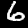
Digit: 6